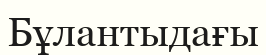
Бұлантыдағы